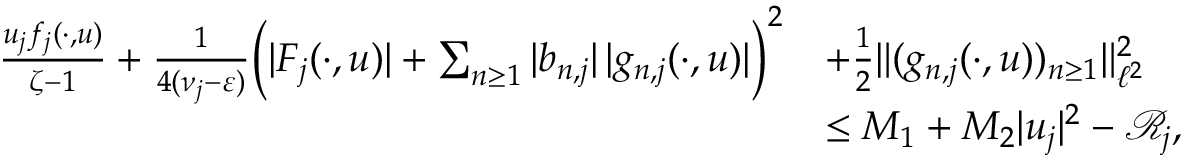
\begin{array} { r l } { \frac { u _ { j } f _ { j } ( \cdot , u ) } { \zeta - 1 } + \frac { 1 } { 4 ( \nu _ { j } - \varepsilon ) } \Big ( | F _ { j } ( \cdot , u ) | + \sum _ { n \geq 1 } | b _ { n , j } | \, | g _ { n , j } ( \cdot , u ) | \Big ) ^ { 2 } } & { + \frac 1 2 \| ( g _ { n , j } ( \cdot , u ) ) _ { n \geq 1 } \| _ { \ell ^ { 2 } } ^ { 2 } } \\ & { \leq M _ { 1 } + M _ { 2 } | u _ { j } | ^ { 2 } - \mathcal { R } _ { j } , } \end{array}